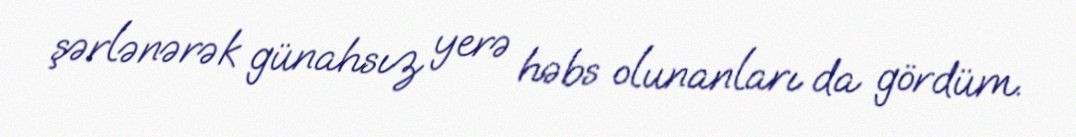
şərlənərək günahsız yerə həbs olunanları da gördüm.